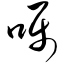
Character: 嘱